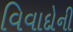
વિવાદોની